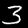
Label: 3